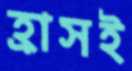
হ্রাসই